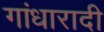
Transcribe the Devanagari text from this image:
गांधारादी